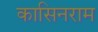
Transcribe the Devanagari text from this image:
कासिनराम